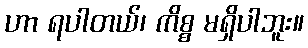
ဟာ ရပါတယ်၊ ကိစ္စ မရှိပါဘူး။